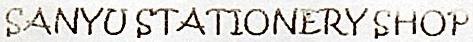
SANYU STATIONERY SHOP